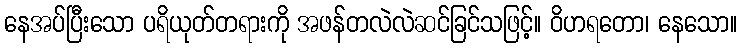
နေအပ်ပြီးသော ပရိယုတ်တရားကို အဖန်တလဲလဲဆင်ခြင်သဖြင့်။ ဝိဟရတော၊ နေသော။